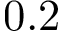
0 . 2